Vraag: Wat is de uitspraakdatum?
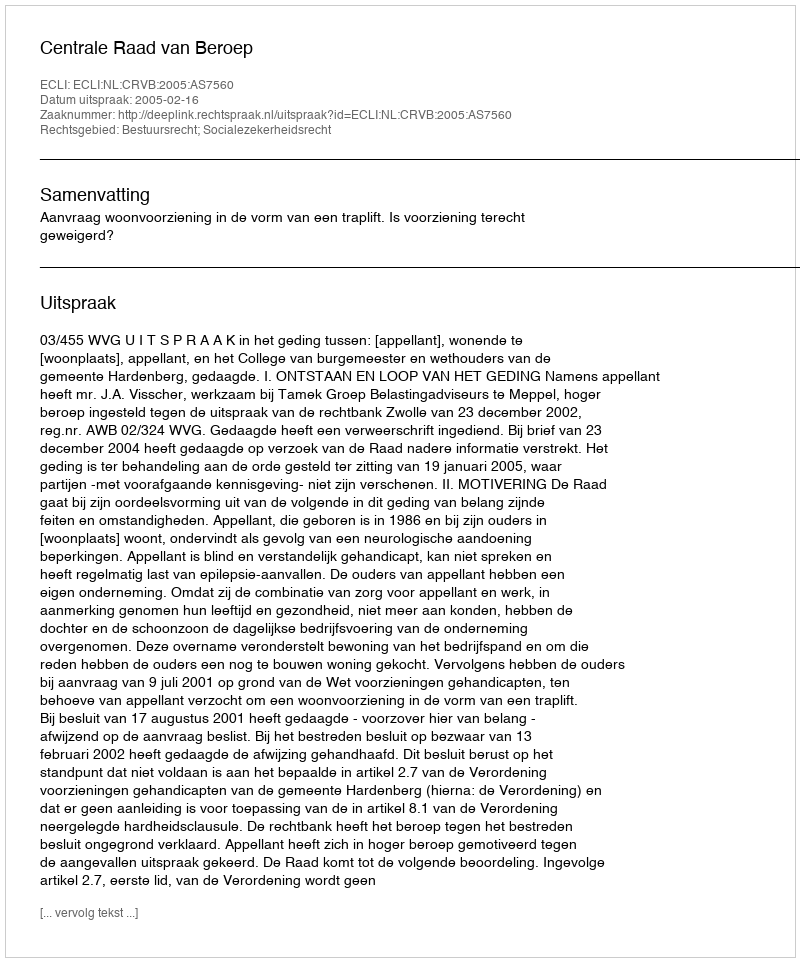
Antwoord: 2005-02-16